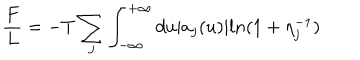
LaTeX: \frac { F } { L } = - T \sum _ { j } \int _ { - \infty } ^ { + \infty } d u | a _ { j } ( u ) | l n ( 1 + \eta _ { j } ^ { - 1 } )